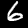
Digit: 6